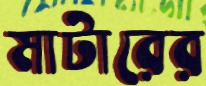
মাটারের